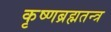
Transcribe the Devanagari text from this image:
कृष्णब्रह्मतन्त्र